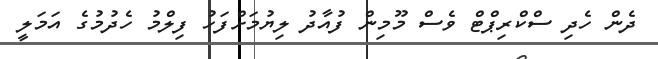
ދެން ހެދި ސްކްރިޕްޓް ވެސް މޫމިން ފުއާދު ލިޔުމަށްފަހު ފިލްމު ހެދުމުގެ އަމަލީ